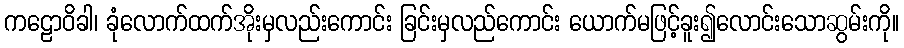
ကဠောဝိခါ၊ ခုံလောက်ထက်အိုးမှလည်းကောင်း ခြင်းမှလည်ကောင်း ယောက်မဖြင့်ခူး၍လောင်းသောဆွမ်းကို။